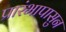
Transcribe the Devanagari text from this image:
प्रारंभापासुन